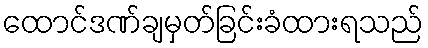
ထောင်ဒဏ်ချမှတ်ခြင်းခံထားရသည်